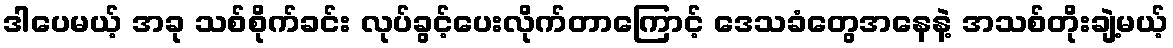
ဒါပေမယ့် အခု သစ်စိုက်ခင်း လုပ်ခွင့်ပေးလိုက်တာကြောင့် ဒေသခံတွေအနေနဲ့ အသစ်တိုးချဲ့မယ့်